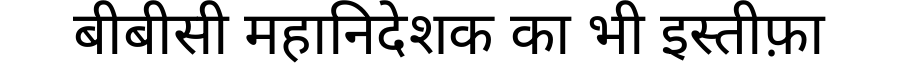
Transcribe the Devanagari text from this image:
बीबीसी महानिदेशक का भी इस्तीफ़ा